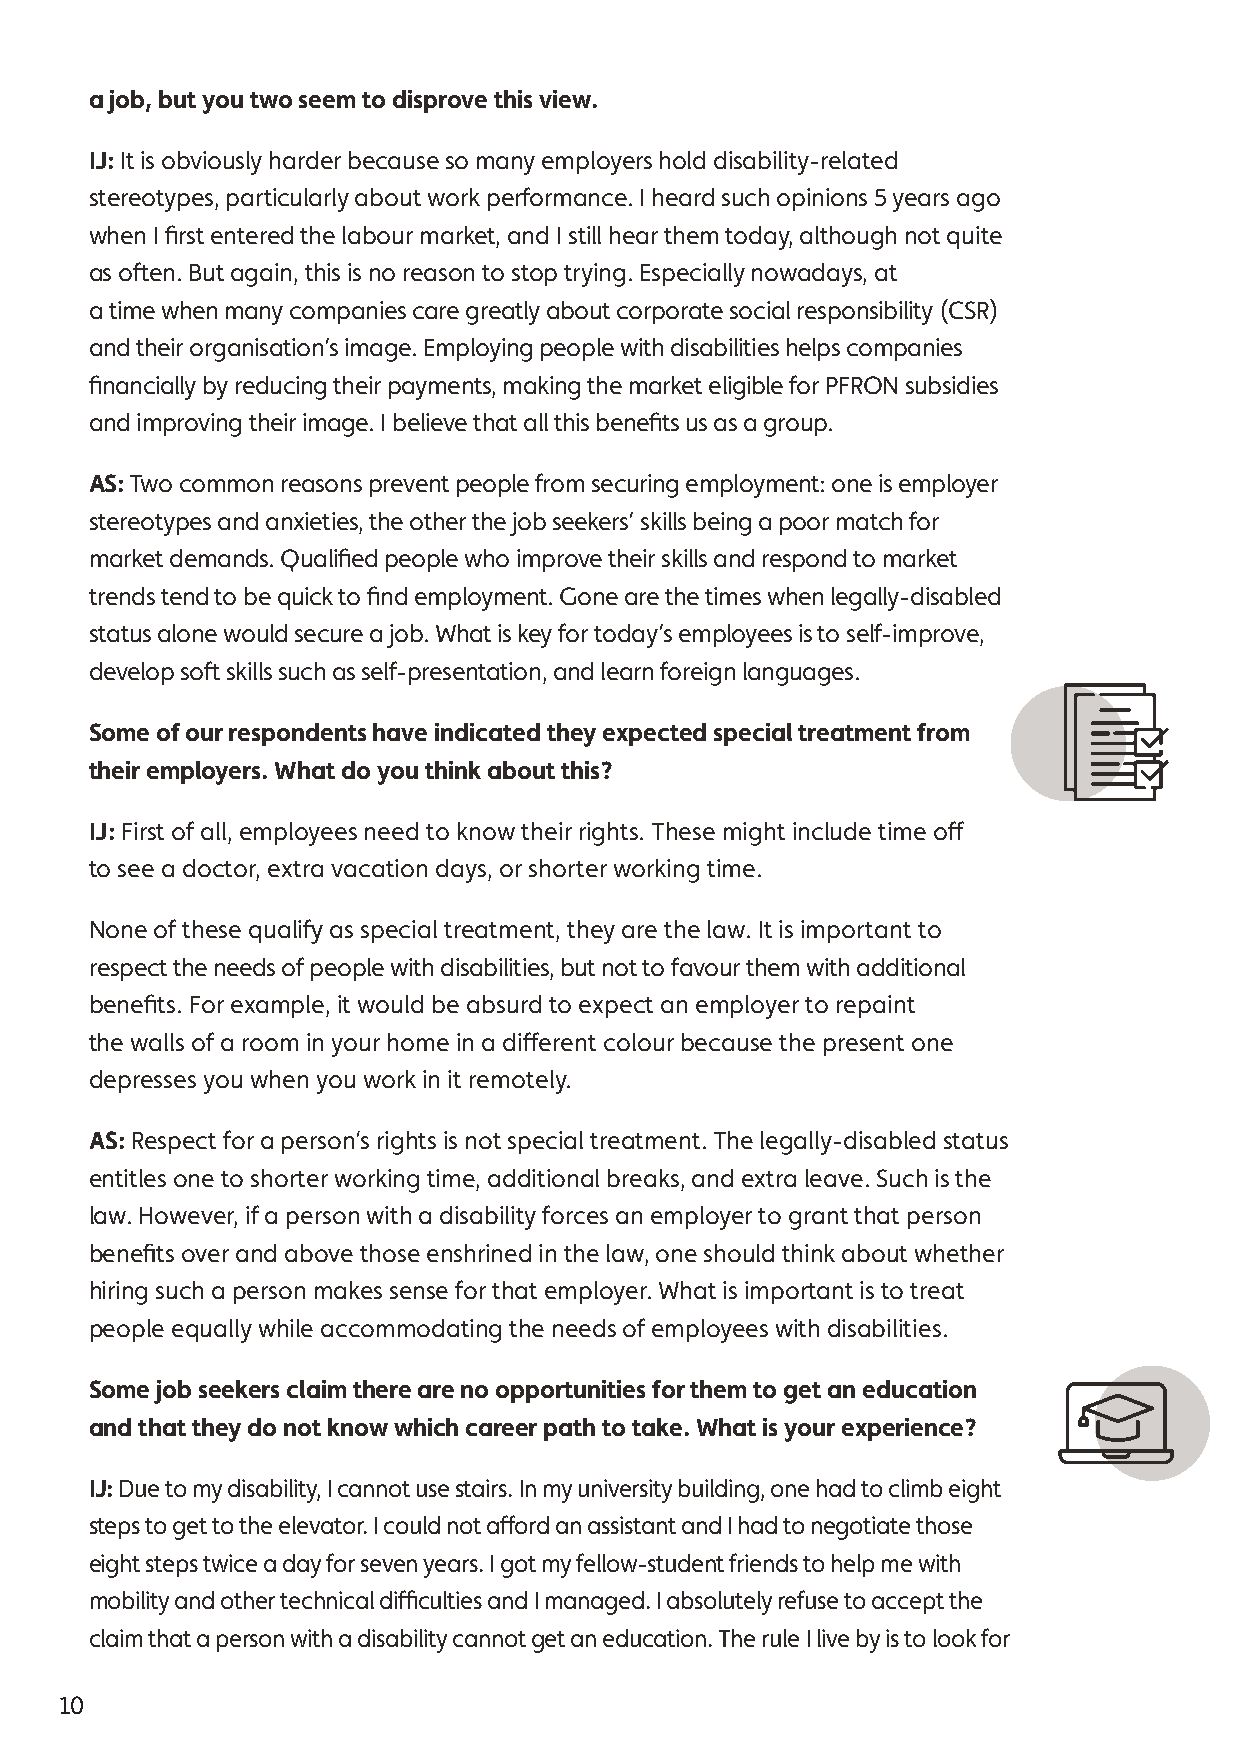
a job, but you two seem to disprove this view.
 IJ: It is obviously harder because so many employers hold disability-related
 stereotypes, particularly about work performance. I heard such opinions 5 years ago
 when I first entered the labour market, and I still hear them today, although not quite
 as often. But again, this is no reason to stop trying. Especially nowadays, at
 a time when many companies care greatly about corporate social responsibility (CSR)
 and their organisation’s image. Employing people with disabilities helps companies
 financially by reducing their payments, making the market eligible for PFRON subsidies
 and improving their image. I believe that all this benefits us as a group.
 AS: Two common reasons prevent people from securing employment: one is employer
 stereotypes and anxieties, the other the job seekers’ skills being a poor match for
 market demands. Qualified people who improve their skills and respond to market
 trends tend to be quick to find employment. Gone are the times when legally-disabled
 status alone would secure a job. What is key for today’s employees is to self-improve,
 develop soft skills such as self-presentation, and learn foreign languages.
 Some of our respondents have indicated they expected special treatment from
 their employers. What do you think about this?
 IJ: First of all, employees need to know their rights. These might include time off
 to see a doctor, extra vacation days, or shorter working time.
 None of these qualify as special treatment, they are the law. It is important to
 respect the needs of people with disabilities, but not to favour them with additional
 benefits. For example, it would be absurd to expect an employer to repaint
 the walls of a room in your home in a different colour because the present one
 depresses you when you work in it remotely.
 AS: Respect for a person’s rights is not special treatment. The legally-disabled status
 entitles one to shorter working time, additional breaks, and extra leave. Such is the
 law. However, if a person with a disability forces an employer to grant that person
 benefits over and above those enshrined in the law, one should think about whether
 hiring such a person makes sense for that employer. What is important is to treat
 people equally while accommodating the needs of employees with disabilities.
 Some job seekers claim there are no opportunities for them to get an education
 and that they do not know which career path to take. What is your experience?
 IJ: Due to my disability, I cannot use stairs. In my university building, one had to climb eight
 steps to get to the elevator. I could not afford an assistant and I had to negotiate those
 eight steps twice a day for seven years. I got my fellow-student friends to help me with
 mobility and other technical difficulties and I managed. I absolutely refuse to accept the
 claim that a person with a disability cannot get an education. The rule I live by is to look for
 10